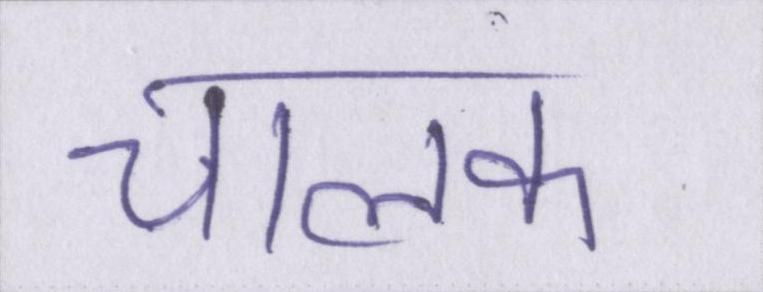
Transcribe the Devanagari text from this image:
चालक